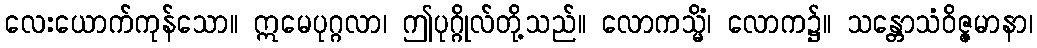
လေးယောက်ကုန်သော။ ဣမေပုဂ္ဂလာ၊ ဤပုဂ္ဂိုလ်တို့သည်။ လောကသ္မိံ၊ လောက၌။ သန္တောသံဝိဇ္ဇမာနာ၊